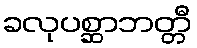
ခလုပစ္ဆာဘတ္တီ